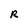
Character: R